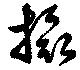
攝